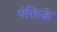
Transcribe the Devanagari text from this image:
पंक्तिके